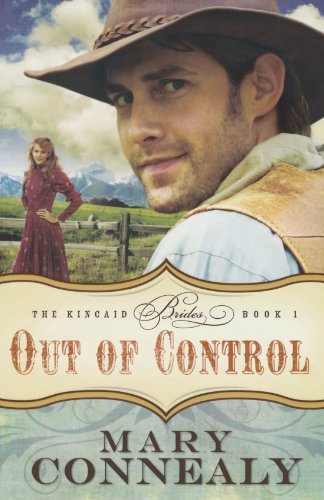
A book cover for Out of Control (The Kincaid Brides Book 1); Mary Connealy; Romance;